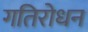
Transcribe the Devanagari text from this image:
गतिरोधन